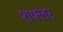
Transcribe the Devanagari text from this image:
शफ्लर